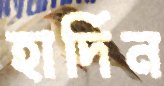
হার্দিন